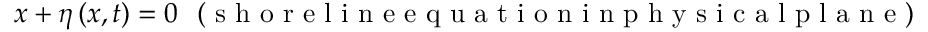
x + \eta \left( x , t \right) = 0 \mathrm { ~ \ ( ~ s ~ h ~ o ~ r ~ e ~ l ~ i ~ n ~ e ~ e ~ q ~ u ~ a ~ t ~ i ~ o ~ n ~ i ~ n ~ p ~ h ~ y ~ s ~ i ~ c ~ a ~ l ~ p ~ l ~ a ~ n ~ e ~ ) ~ }